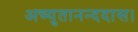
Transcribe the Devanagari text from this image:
अच्युतानन्ददास।